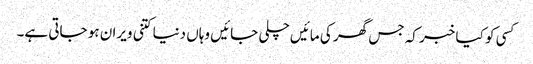
کسی کو کیا خبر کہ جس گھر کی مائیں چلی جائیں وہاں دنیا کتنی ویران ہو جاتی ہے۔